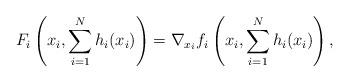
LaTeX: \begin{align*}F_i\left( x_i,\sum_{i=1}^Nh_i(x_i) \right) = \nabla_{x_i} f_i\left( x_i,\sum_{i=1}^Nh_i(x_i)\right),\end{align*}